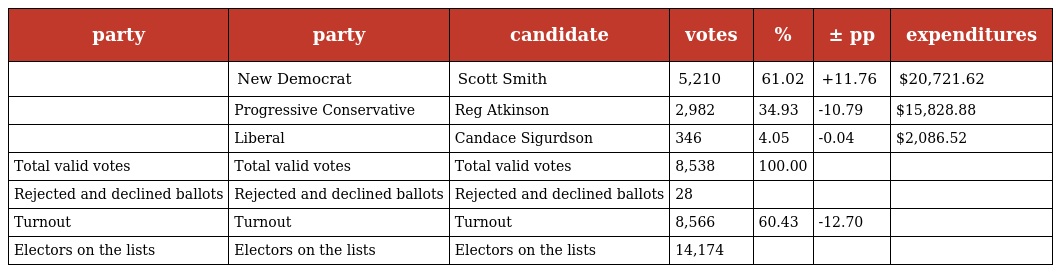
| party | party | candidate | votes | % | ± pp | expenditures |
 | --- | --- | --- | --- | --- | --- | --- |
 |  | New Democrat | Scott Smith | 5,210 | 61.02 | +11.76 | $20,721.62 |
 |  | Progressive Conservative | Reg Atkinson | 2,982 | 34.93 | -10.79 | $15,828.88 |
 |  | Liberal | Candace Sigurdson | 346 | 4.05 | -0.04 | $2,086.52 |
 | Total valid votes | Total valid votes | Total valid votes | 8,538 | 100.00 |  |  |
 | Rejected and declined ballots | Rejected and declined ballots | Rejected and declined ballots | 28 |  |  |  |
 | Turnout | Turnout | Turnout | 8,566 | 60.43 | -12.70 |  |
 | Electors on the lists | Electors on the lists | Electors on the lists | 14,174 |  |  |  |